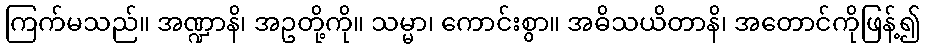
ကြက်မသည်။ အဏ္ဍာနိ၊ အဥတို့ကို။ သမ္မာ၊ ကောင်းစွာ။ အဓိသယိတာနိ၊ အတောင်ကိုဖြန့်၍